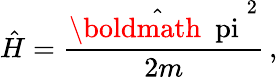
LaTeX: {\hat{H}}={\frac{\hat{\mathrm{\boldmath~\ pi~}}^{2}}{2m}}\, ,